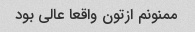
ممنونم ازتون واقعا عالی بود